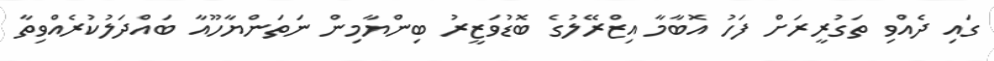
ގައި ދެއްވި ތަގުރީރަށް ފަހު އޮބާމާ އިޒްރޭލުގެ ބޮޑުވަޒީރު ބިންޔާމިން ނަތަންޔާހޫއާ ބައްދަލުކުރެއްވިތާ